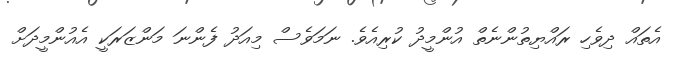
އެތައް ދިވެހި ރައްޔިތުންނެތް އުންމީދު ކުރިއެވެ. ނަމަވެސް މިއަދު ފެންނަ މަންޒަރަކީ އެއުންމީދަށް